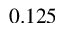
0 . 1 2 5